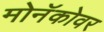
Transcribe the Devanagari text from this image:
मोनॅकोवर